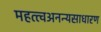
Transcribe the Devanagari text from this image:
महत्त्वअनन्यसाधारण